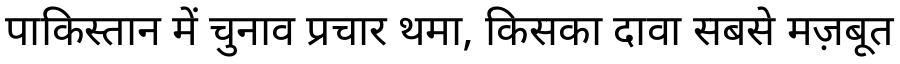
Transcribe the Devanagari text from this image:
पाकिस्तान में चुनाव प्रचार थमा, किसका दावा सबसे मज़बूत